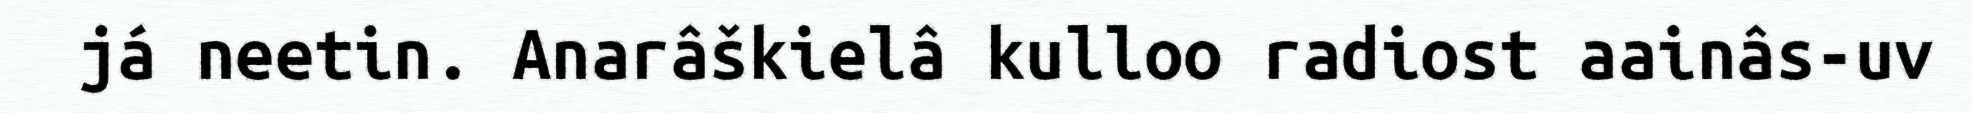
já neetin. Anarâškielâ kulloo radiost aainâs-uv